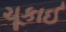
ચૂકાઈ